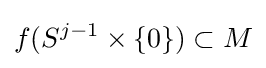
f(S^{j-1}\times \{0\})\subset M